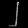
Digit: ၂